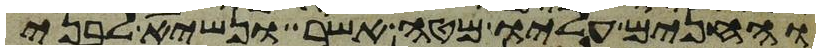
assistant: והחנים עליו מטה אשר ונשיא לבני